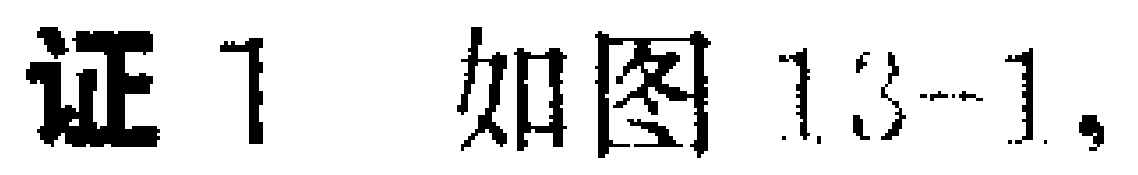
证1 如图13-1,